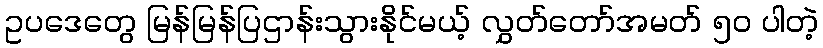
ဥပဒေတွေ မြန်မြန်ပြဌာန်းသွားနိုင်မယ့် လွှတ်တော်အမတ် ၅၀ ပါတဲ့